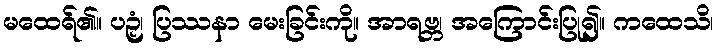
မထေရ်၏။ ပဉှံ၊ ပြဿနာ မေးခြင်းကို။ အာရဗ္ဘ၊ အကြောင်းပြု၍။ ကထေသိ၊